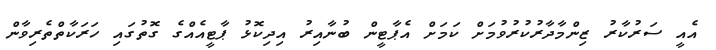
އެއީ ސަރުކާރު ޒިންމާދާރުކުރުވުމަށް ކަމަށް އެޕާޓީން ބުނާއިރު އިދިކޮޅު ޕާޓީއެއްގެ ގޮތުގައި ހަރަކާތްތެރިވާން